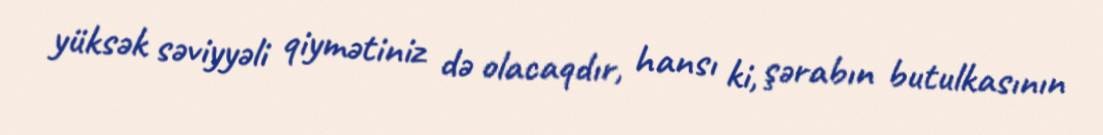
yüksək səviyyəli qiymətiniz də olacaqdır, hansı ki, şərabın butulkasının